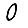
Digit: 0